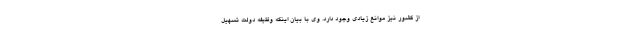
از کشور نیز موانع زیادی وجود دارد. وی با بیان اینکه وظیفه دولت تسهیل